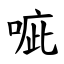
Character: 㖢